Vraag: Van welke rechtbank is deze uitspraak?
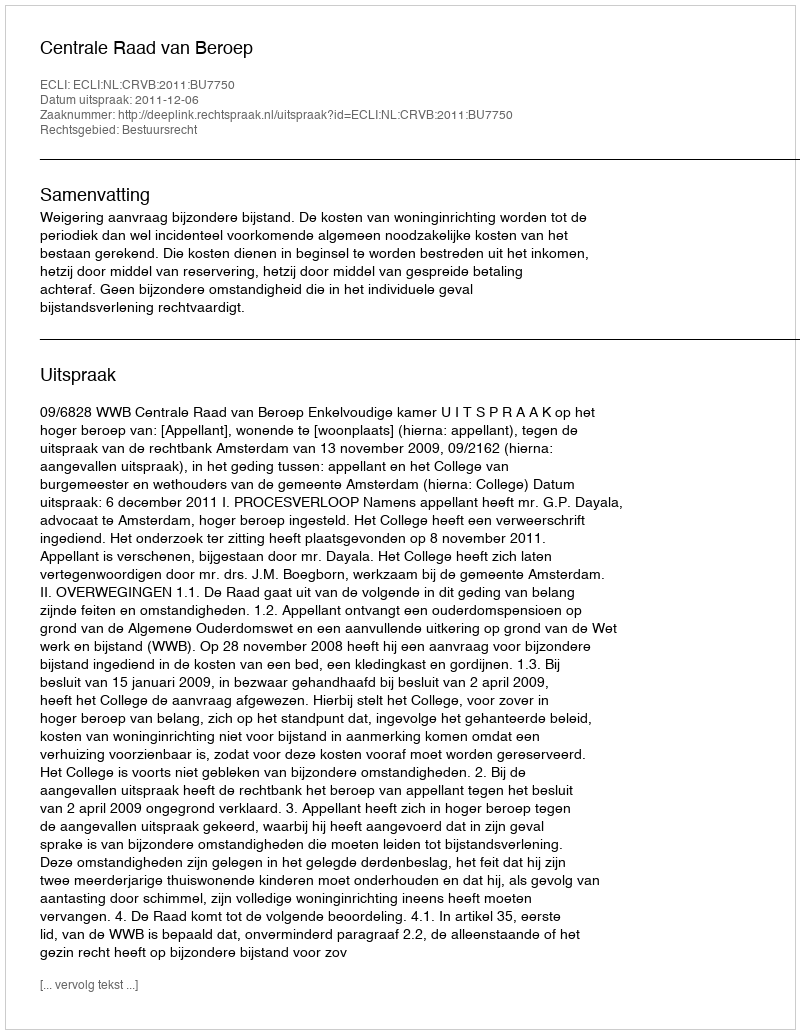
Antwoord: Centrale Raad van Beroep